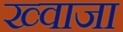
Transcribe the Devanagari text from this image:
ख्‍वाजा